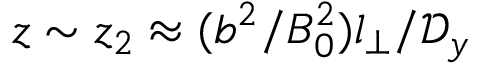
z \sim z _ { 2 } \approx ( b ^ { 2 } / B _ { 0 } ^ { 2 } ) l _ { \perp } / \mathcal { D } _ { y }